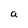
Character: a